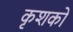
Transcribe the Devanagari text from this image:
कृशकों